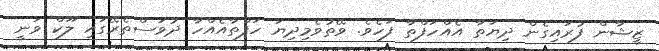
ޒީޝާން ފުރައިގެން ދިޔަތާ އެއްހަފްތާ ފަހެވެ. ވޭތުވެމިދިޔަ ހަފްތާއެއްހާ ދުވަސްތެރޭގައި ލޫކް ވަނީ